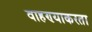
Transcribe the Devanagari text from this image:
वाहण्याकरता